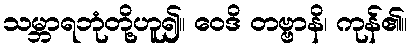
သမ္ဘာရဘုံတို့ဟူ၍။ ဝေဒိ တဗ္ဗာနိ၊ ကုန်၏။